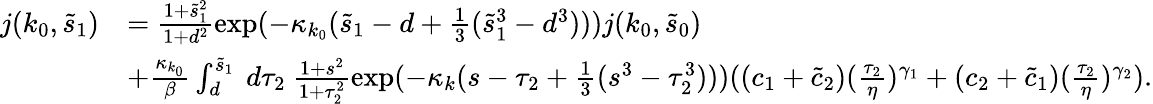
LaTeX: \begin{array}{rl}{j(k_{0},\tilde{s}_{1})}&{=\frac{1+\tilde{s}_{1}^{2}}{1+d^{2}}\exp(-\kappa_{k_{0}}(\tilde{s}_{1}-d+\frac 13(\tilde{s}_{1}^{3}-d^{3})))j(k_{0},\tilde{s}_{0})}\\ &{+\frac{\kappa_{k_{0}}}\beta\int_{d}^{\tilde{s}_{1}}\ d\tau_{2}\ \frac{1+s^{2}}{1+\tau_{2}^{2}}\exp(-\kappa_{k}(s-\tau_{2}+\frac 13(s^{3}-\tau_{2}^{3})))((c_{1}+\tilde{c}_{2})(\frac{\tau_{2}}\eta)^{\gamma_{1}}+(c_{2}+\tilde{c}_{1})(\frac{\tau_{2}}\eta)^{\gamma_{2}}).}\end{array}